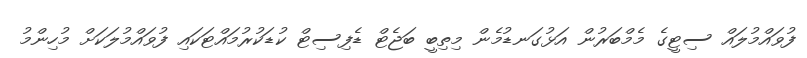
ފުވައްމުލައް ސިޓީގެ މެމްބަރުން އަޅުގަނޑުމެން މިތިބީ ބަޖެޓް ޑެފިސިޓް ކުޑަކުރުމައްޓަކައި ފުވައްމުލަކަށް މުހިންމު